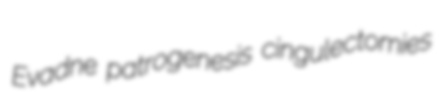
Evadne patrogenesis cingulectomies